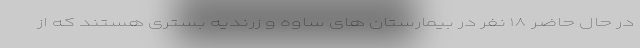
در حال حاضر ۱۸ نفر در بیمارستان های ساوه و زرندیه بستری هستند که از